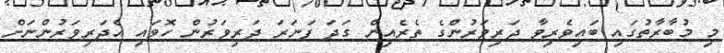
މި މުބާރާތުގައި ބައިވެރިވާ ދަރިވަރުންގެ ތެރެއިން ގަދަ ފަނަރަ ދަރިވަރުން ހޮވައި އެދަރިވަރުންނަށް